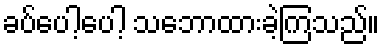
ခပ်ပေါ့ပေါ့ သဘောထားခဲ့ကြသည်။